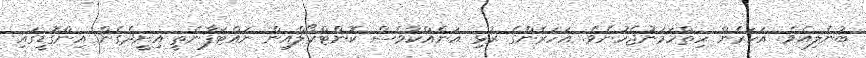
ބުނެލިއެވެ. އަހަރެން ހިތްހަމަނުޖެހުނެވެ. އަހަރެންގެ ރުޅި އަނެއްކާވެސް ކޮންޓްރޯލްއިން ނައްޓަފާނެތީ އިށީދެގެން އިންގޮޑީގައި